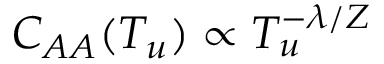
C _ { A A } ( T _ { u } ) \propto T _ { u } ^ { - \lambda / Z }